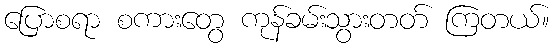
ပြောစရာ စကားတွေ ကုန်ခမ်းသွားတတ် ကြတယ်။